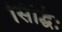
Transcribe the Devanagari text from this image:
सिद्धिः